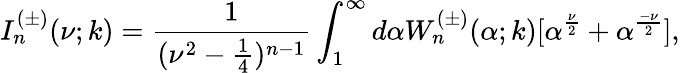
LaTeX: I_{n}^{(\pm)}(\nu;k)=\frac{1}{(\nu^{2}-\frac{1}{4})^{n-1}}\int_{1}^{\infty}d\alpha W_{n}^{(\pm)}(\alpha;k)[\alpha^{\frac{\nu}{2}}+\alpha^{\frac{-\nu}{2}}],